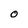
Character: O